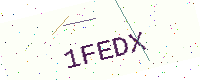
Text: 1FEDX